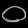
Digit: ၀